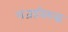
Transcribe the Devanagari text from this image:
राजाविरुद्ध